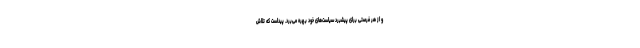
و از هر فرصتی برای پیشبرد سیاست‌های خود بهره می‌برد. پیداست که تلاش